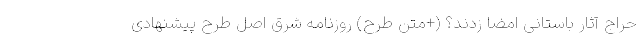
حراج آثار باستانی امضا زدند؟ (+متن طرح) روزنامه شرق اصل طرح پیشنهادی